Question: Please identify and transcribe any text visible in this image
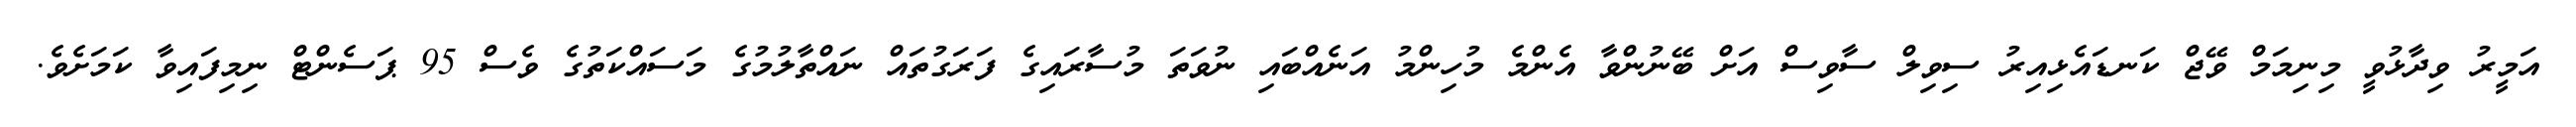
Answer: އަމީރު ވިދާޅުވީ މިނިމަމް ވޭޖް ކަނޑައެޅިއިރު ސިވިލް ސާވިސް އަށް ބޭނުންވާ އެންމެ މުހިންމު އަނެއްބައި ނުވަތަ މުސާރައިގެ ފަރަގުތައް ނައްތާލުމުގެ މަސައްކަތުގެ ވެސް 95 ޕަސެންޓް ނިމިފައިވާ ކަމަށެވެ.